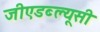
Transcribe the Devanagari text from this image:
जीएडब्ल्यूसी